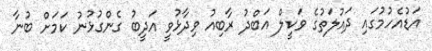
އަޑުއެހުމުގައި ދައުލަތުގެ ވަކީލް އަބްދު ރާބިއު ވިދާޅުވީ އަދީބު ގެންގުޅުނު ކަމަށް ބުނާ